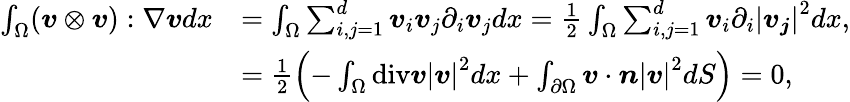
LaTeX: \begin{array}{rl}{\int_{\Omega}(\boldsymbol{v}\otimes\boldsymbol{v}):\nabla\boldsymbol{v}dx}&{=\int_{\Omega}\sum_{i,j=1}^{d}\boldsymbol{v}_{i}\boldsymbol{v}_{j}\partial_{i}\boldsymbol{v}_{j}dx=\frac{1}{2}\int_{\Omega}\sum_{i,j=1}^{d}\boldsymbol{v}_{i}\partial_{i}\left\lvert\boldsymbol{v_{j}}\right\rvert^{2}dx,}\\ &{=\frac{1}{2}\left(-\int_{\Omega}\mathrm{div}\boldsymbol{v}\left\lvert\boldsymbol{v}\right\rvert^{2}dx+\int_{\partial\Omega}\boldsymbol{v}\cdot\boldsymbol{n}\left\lvert\boldsymbol{v}\right\rvert^{2}dS\right)=0,}\end{array}